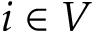
i \in V